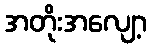
အတိုးအလျော့